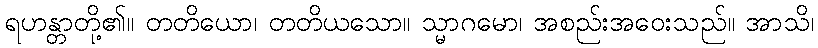
ရဟန္တာတို့၏။ တတိယော၊ တတိယသော။ သ္မာဂမော၊ အစည်းအဝေးသည်။ အာသိ၊